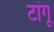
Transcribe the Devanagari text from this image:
टांगू